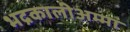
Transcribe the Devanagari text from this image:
भद्रकालीअम्मा